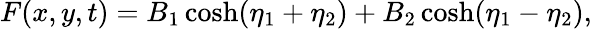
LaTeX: F(x,y,t)=B_{1}\cosh(\eta_{1}+\eta_{2})+B_{2}\cosh(\eta_{1}-\eta_{2}),